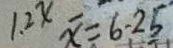
1 . 2 x \overline { x } = 6 . 2 5